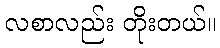
လစာလည်း တိုးတယ်။